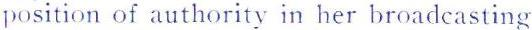
position of authority in her broadcasting